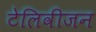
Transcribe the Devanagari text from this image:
टेलिवीजन